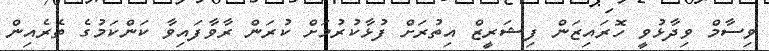
ވިސާމް ވިދާޅުވީ ހޮރައިޒަން ފިޝަރީޒް އިތުރަށް ފުޅާކުރުމަށް ކުރަން ރާވާފައިވާ ކަންކަމުގެ ތެރެއިން